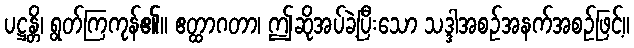
ပဋ္ဌန္တိ၊ ရွတ်ကြကုန်၏။ ဧတ္ထာဂတာ၊ ဤဆိုအပ်ခဲ့ပြီးသော သဒ္ဒါအစဉ်အနက်အစဉ်ဖြင့်။